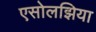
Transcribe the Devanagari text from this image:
एसोलझिया